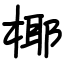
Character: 椰